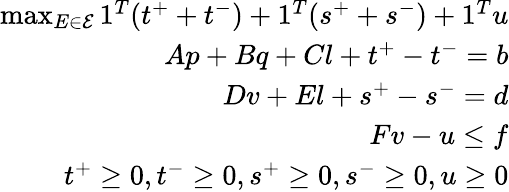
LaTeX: \begin{array}{r}{\operatorname*{max}_{E\in\mathcal{E}}{1^{T}(t^{+}+t^{-})+1^{T}(s^{+}+s^{-})+1^{T}u}}\\ {Ap+Bq+Cl+t^{+}-t^{-}=b}\\ {Dv+El+s^{+}-s^{-}=d}\\ {Fv-u\le f}\\ {t^{+}\ge 0,t^{-}\ge 0,s^{+}\ge 0,s^{-}\ge 0,u\ge 0}\end{array}